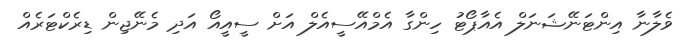
ވެލާނާ އިންޓަނޭޝަނަލް އެއާޕޯޓު ހިންގާ އެމްއޭސީއެލް އަށް ސީއީއޯ އަދި މެނޭޖިން ޑިރެކްޓަރެއް